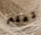
تعلم